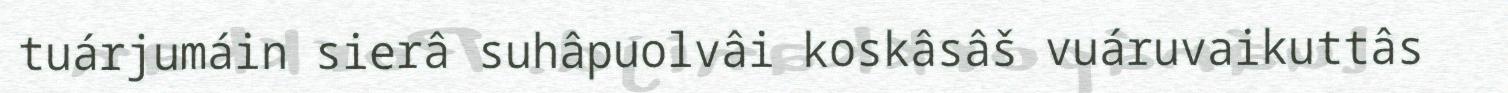
tuárjumáin sierâ suhâpuolvâi koskâsâš vuáruvaikuttâs